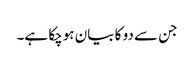
جن سے دو کا بیان ہوچکا ہے۔